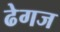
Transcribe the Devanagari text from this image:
ढेगज